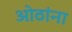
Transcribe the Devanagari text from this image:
ओठांना